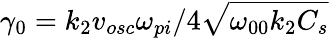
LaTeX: \gamma_{0}=k_{2}v_{osc}\omega_{pi}/4\sqrt{\omega_{00}k_{2}C_{s}}